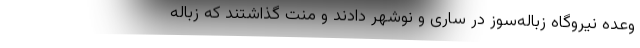
وعده نیروگاه زباله‌سوز در ساری و نوشهر دادند و منت گذاشتند که زباله